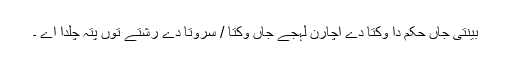
بینتی جاں حکم دا وکتا دے اچارن لہجے جاں وکتا / سروتا دے رشتے توں پتہ چلدا اے ۔